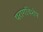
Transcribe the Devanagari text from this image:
परागविशेष